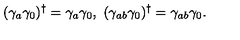
( \gamma _ { a } \gamma _ { 0 } ) ^ { \dagger } = \gamma _ { a } \gamma _ { 0 } , \ ( \gamma _ { a b } \gamma _ { 0 } ) ^ { \dagger } = \gamma _ { a b } \gamma _ { 0 } .